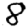
Digit: 8